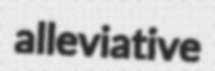
alleviative